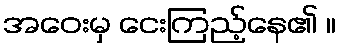
အဝေးမှ ငေးကြည့်နေ၏ ။